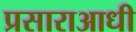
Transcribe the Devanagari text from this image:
प्रसाराआधी